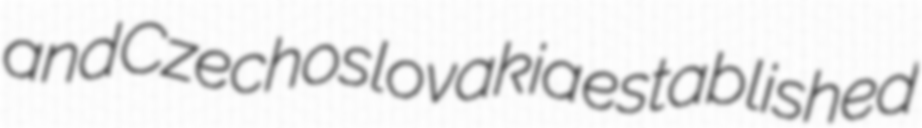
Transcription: and Czechoslovakia established